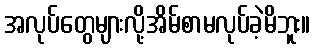
အလုပ်တွေများလို့အိမ်စာမလုပ်ခဲ့မိဘူး။